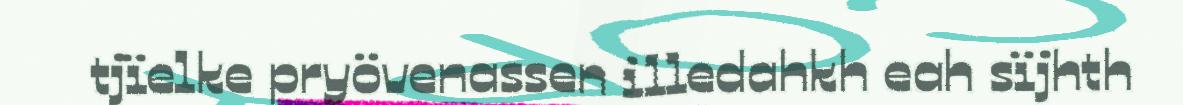
tjïelke pryövenassen illedahkh eah sïjhth